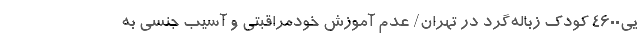
یی۴۶۰۰ کودک زباله‌گرد در تهران/ عدم آموزش خودمراقبتی و آسیب جنسی به